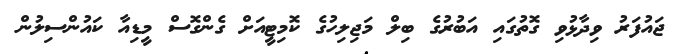
ޖައުފަރު ވިދާޅުވި ގޮތުގައި އަބުރުގެ ބިލް މަޖިލިހުގެ ކޮމިޓީއަށް ގެންގޮސް މީޑިއާ ކައުންސިލުން